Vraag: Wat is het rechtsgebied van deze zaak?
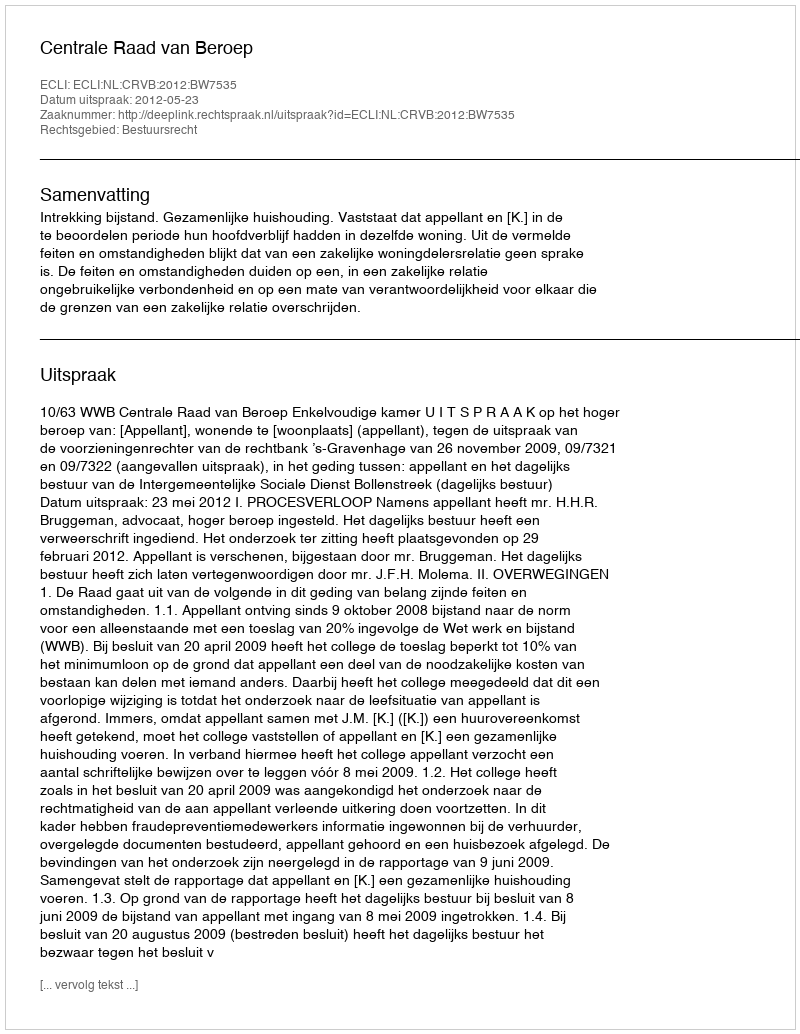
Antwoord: Bestuursrecht